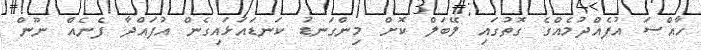
ހާއްސަ އުފެއްދުމެއްގެ ގޮތުގައި ލޭބަލް ކޮށް މިންގަނޑު ކަނޑައަޅައިގެން އުފައްދާ ފެނެއް ނޫން